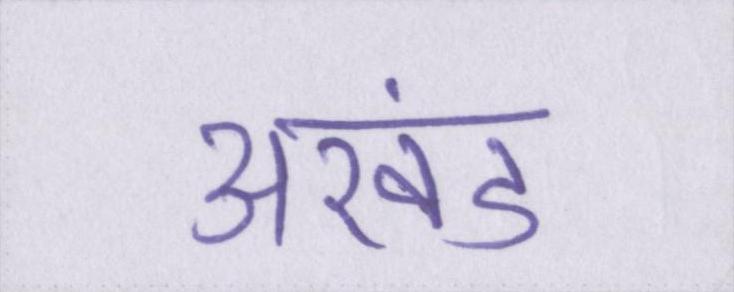
अखंड